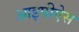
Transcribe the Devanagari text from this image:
आइपीऐस